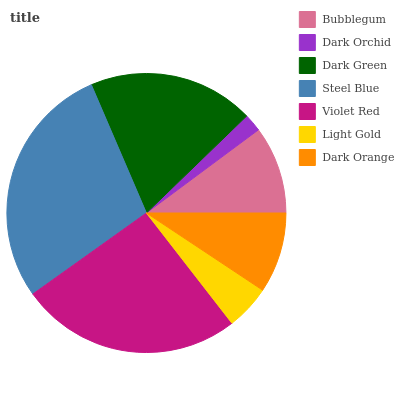
| Bubblegum | Dark Orchid | Dark Green | Steel Blue | Violet Red | Light Gold | Dark Orange |
 | --- | --- | --- | --- | --- | --- | --- |
 | 10.2% | 2.07% | 19.2% | 28.5% | 25.6% | 5.17% | 9.32% |